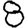
Digit: 8